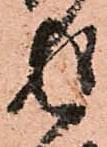
返